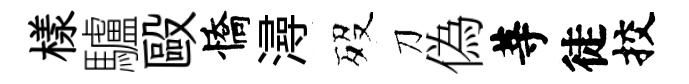
樣驢毆憍潯歿刀偽䓁徒挍